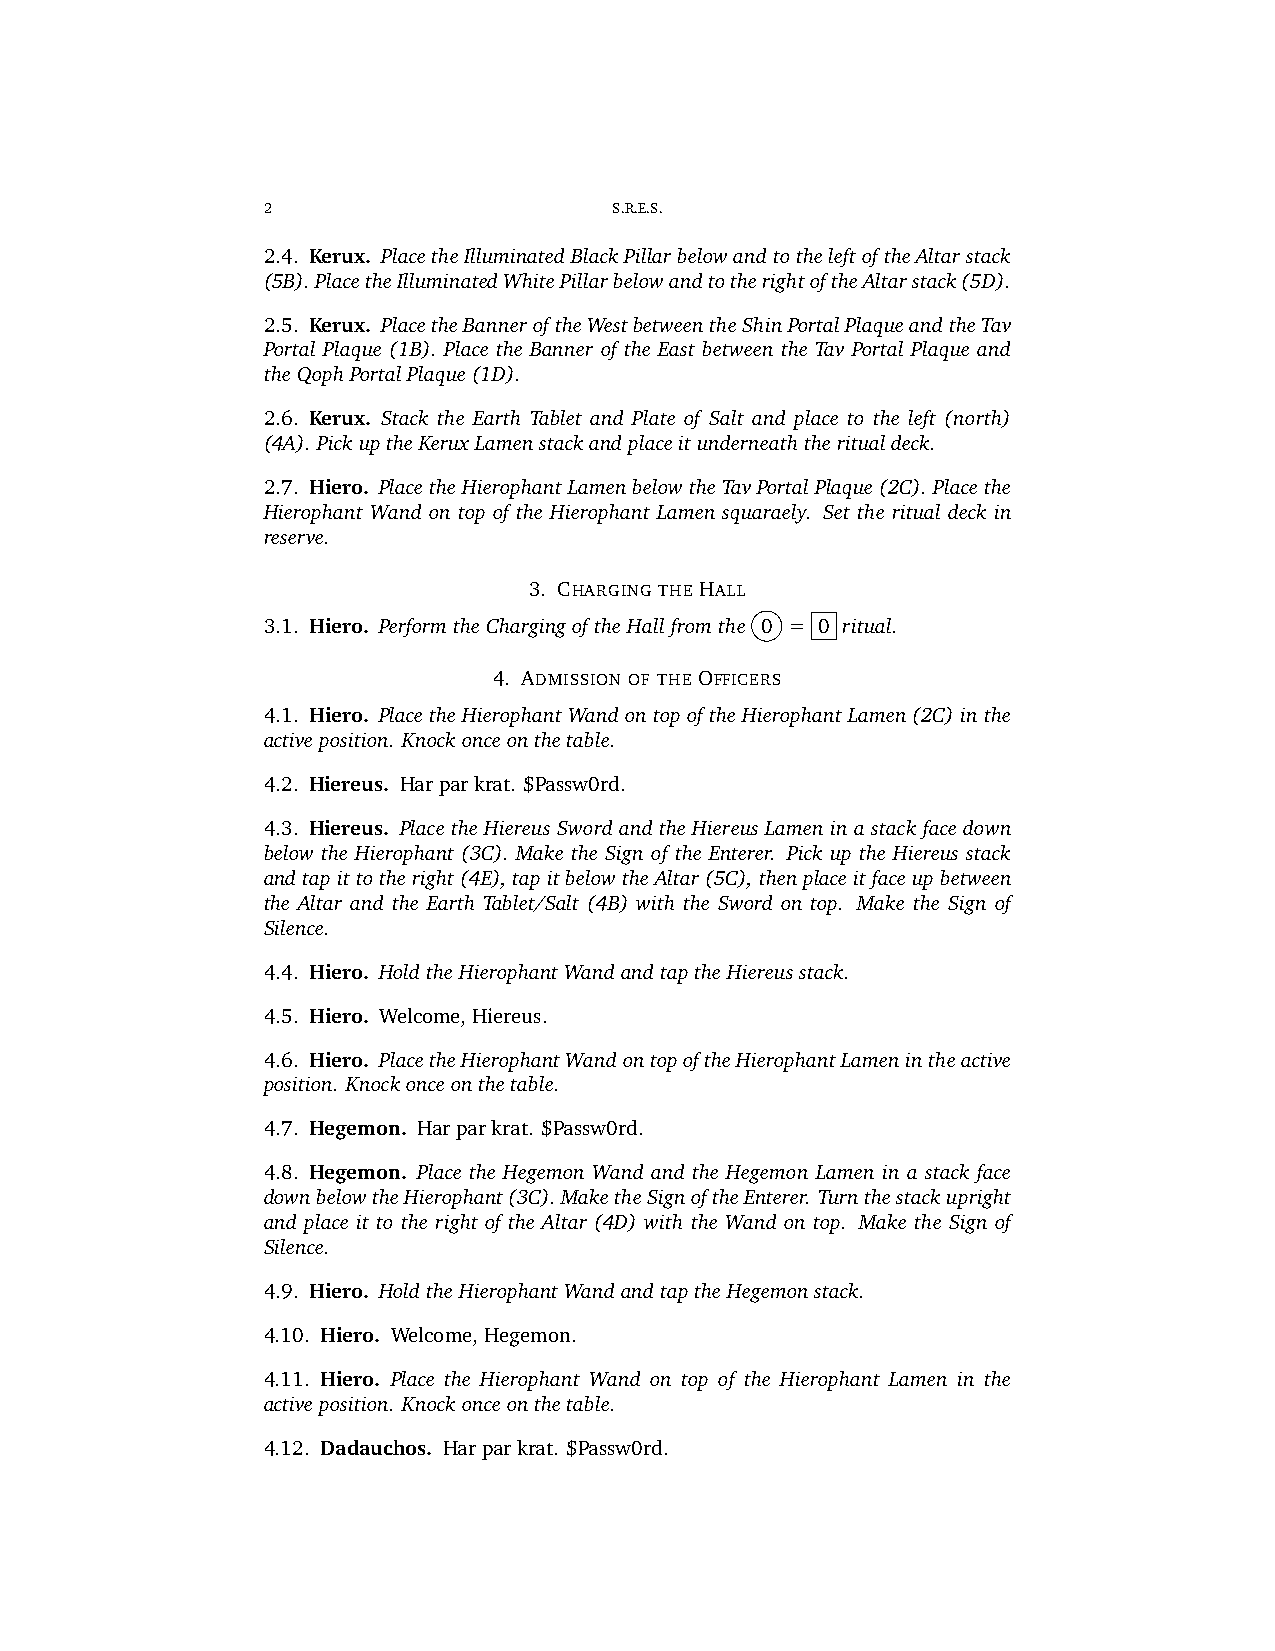
2                       S.R.E.S.
 2.4. Kerux. PlacetheIlluminatedBlackPillarbelowandtotheleftoftheAltarstack
 (5B).PlacetheIlluminatedWhitePillarbelowandtotherightoftheAltarstack(5D).
 2.5. Kerux. PlacetheBanneroftheWestbetweentheShinPortalPlaqueandtheTav
 Portal Plaque (1B). Place the Banner of the East between the Tav Portal Plaque and
 theQophPortalPlaque(1D).
 2.6. Kerux. Stack the Earth Tablet and Plate of Salt and place to the left (north)
 (4A).PickuptheKeruxLamenstackandplaceitunderneaththeritualdeck.
 2.7. Hiero. PlacetheHierophantLamenbelowtheTavPortalPlaque(2C).Placethe
 Hierophant Wand on top of the Hierophant Lamen squaraely. Set the ritual deck in
 reserve.
 3. CHARGING THE HALL
 3.1. Hiero. PerformtheChargingoftheHallfromthe 0 = 0 ritual.
 4. ADMISSION OF THE OFFICERS
 4.1. Hiero. PlacetheHierophantWandontopoftheHierophantLamen(2C)inthe
 activeposition. Knockonceonthetable.
 4.2. Hiereus. Harparkrat. $Passw0rd.
 4.3. Hiereus. Place the Hiereus Sword and the Hiereus Lamen in a stack face down
 below the Hierophant (3C). Make the Sign of the Enterer. Pick up the Hiereus stack
 andtapittotheright(4E),tapitbelowtheAltar(5C),thenplaceitfaceupbetween
 the Altar and the Earth Tablet/Salt (4B) with the Sword on top. Make the Sign of
 Silence.
 4.4. Hiero. HoldtheHierophantWandandtaptheHiereusstack.
 4.5. Hiero. Welcome,Hiereus.
 4.6. Hiero. PlacetheHierophantWandontopoftheHierophantLamenintheactive
 position. Knockonceonthetable.
 4.7. Hegemon. Harparkrat. $Passw0rd.
 4.8. Hegemon. Place the Hegemon Wand and the Hegemon Lamen in a stack face
 downbelowtheHierophant(3C).MaketheSignoftheEnterer. Turnthestackupright
 and place it to the right of the Altar (4D) with the Wand on top. Make the Sign of
 Silence.
 4.9. Hiero. HoldtheHierophantWandandtaptheHegemonstack.
 4.10. Hiero. Welcome,Hegemon.
 4.11. Hiero. Place the Hierophant Wand on top of the Hierophant Lamen in the
 activeposition. Knockonceonthetable.
 4.12. Dadauchos. Harparkrat. $Passw0rd.